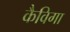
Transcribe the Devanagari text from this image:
कैविगा